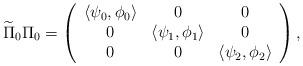
LaTeX: \begin{align*}\widetilde\Pi_0\Pi_0=\left(\begin{array}{ccc}\left<\psi_0,\phi_0\right> & 0 & 0\\0 & \left<\psi_1,\phi_1\right> & 0\\0 & 0 & \left<\psi_2,\phi_2\right>\end{array}\right),\end{align*}